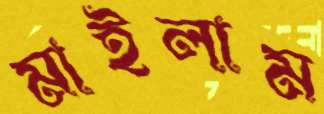
মাইলাম